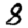
Digit: 8